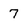
Character: 7